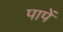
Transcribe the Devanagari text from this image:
पापें